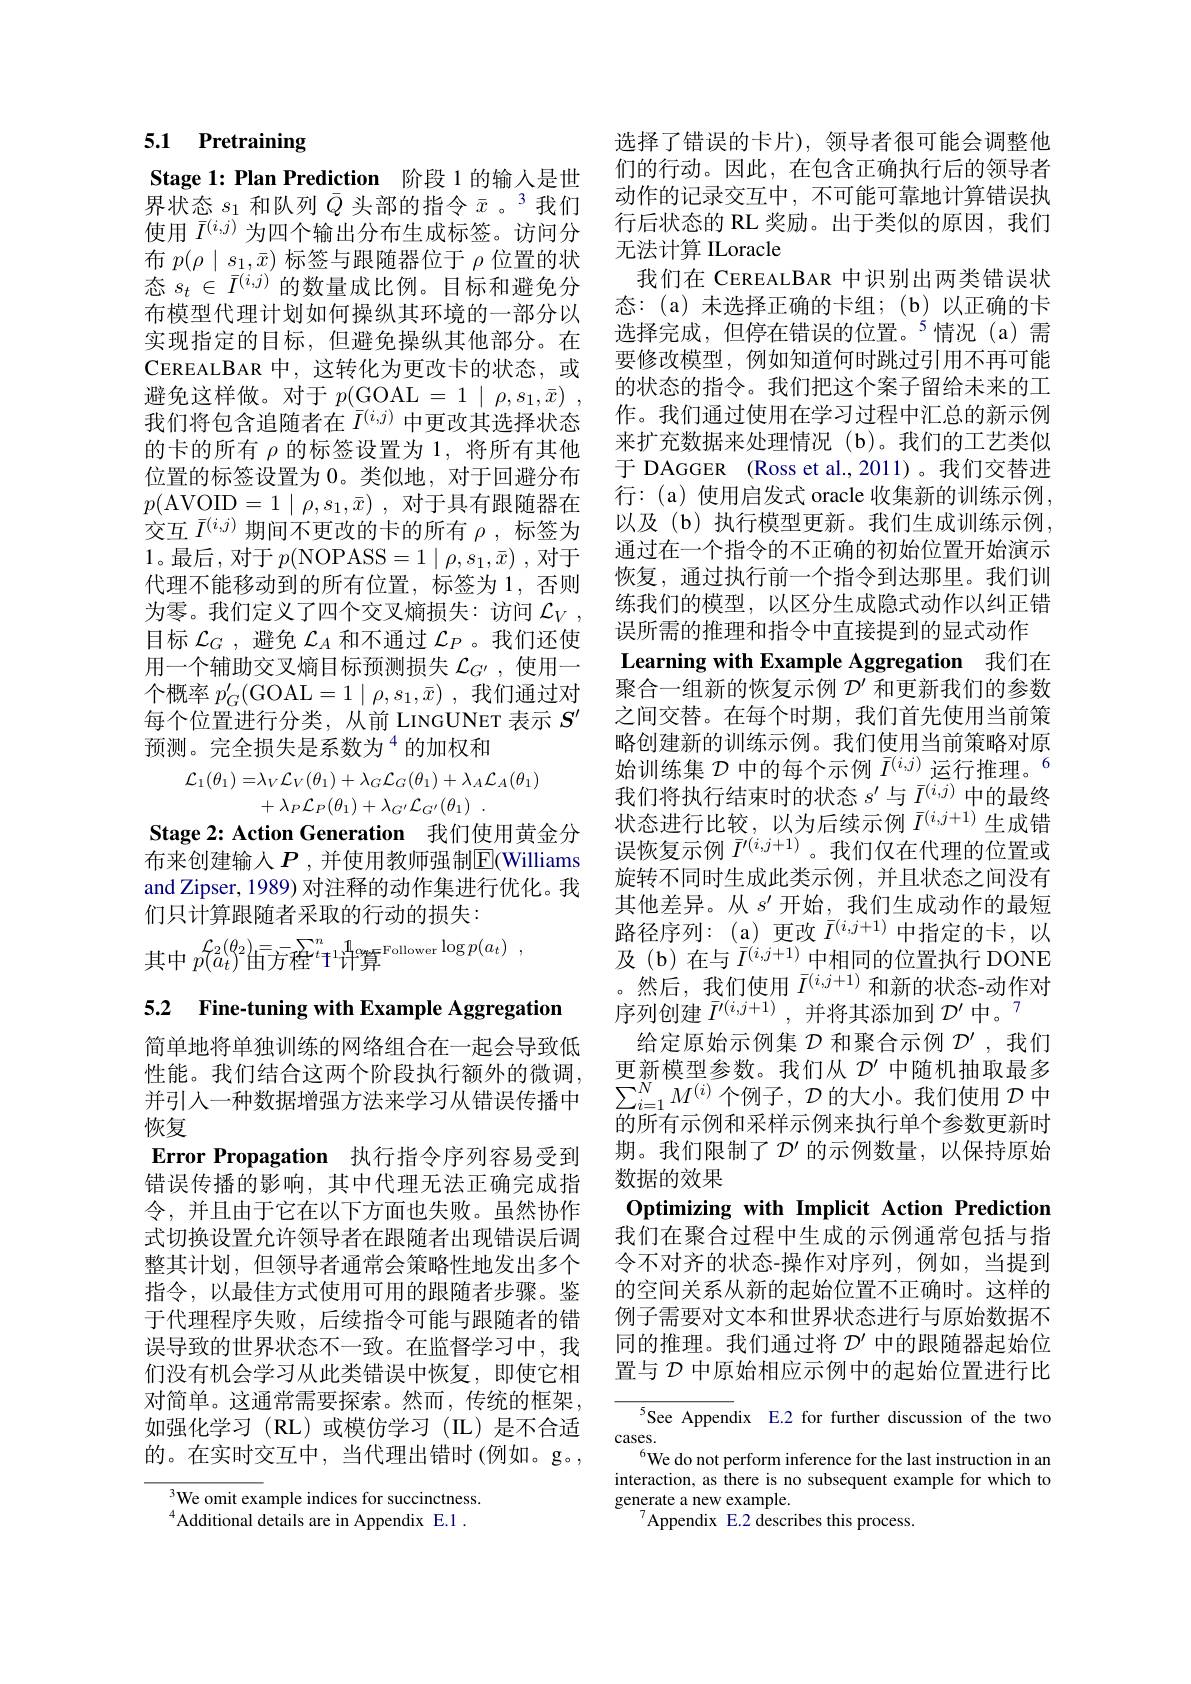
# 5.1 Pretraining

Stage 1: Plan Prediction 阶段 1 的输入是世界状态$s_1$和队列$\bar{Q}$头部的指令$\bar{x}$ 。我们使用$\bar{I}^{(i,j)}$为四个输出分布生成标签。访问分布$p(\rho\mid s_1,\bar{x})$标签与跟随器位于$\rho$位置的状态 $s_t\in\bar{I}^{(i,j)^{\prime}}$的数量成比例。目标和避免分布模型代理计划如何操纵其环境的一部分以实现指定的目标，但避免操纵其他部分。在CEREALBAR中，这转化为更改卡的状态，或避免这样做。对于$p($GOAL$= 1\mid \rho , s_{1}, \bar{x} )$ , 我们将包含追随者在$\bar{I}^{(i,j)}$中更改其选择状态的卡的所有$\rho$的标签设置为 1,将所有其他位置的标签设置为 0。类似地，对于回避分布$p($AVOID$= 1\mid \rho , s_{1}, \bar{x} )$ ,对于具有跟随器在交互$\bar{I}^{(i,j)}$期间不更改的卡的所有$\rho$,标签为1。最后，对于$p($NOPASS$=1\mid\rho,s_1,\bar{x})$,对于代理不能移动到的所有位置，标签为1，否则为零。我们定义了四个交叉熵损失：访问$\mathcal{L}_V$, 目标$\mathcal{L}_G$,避免$\mathcal{L}_A$和不通过$\mathcal{L}_P$ 。我们还使用一个辅助交叉熵目标预测损失$\mathcal{L}_G^{\prime}$,使用一个概率$p_G^{\prime}($GOAL$=1\mid\rho,s_1,\bar{x})$,我们通过对每个位置进行分类，从前 LINGUNET 表示$S^{\prime}$ 预测。完全损失是系数为$^{4}$的加权和
$$\begin{array}{c}\mathcal{L}_1(\theta_1)=&\lambda_V\mathcal{L}_V(\theta_1)+\lambda_G\mathcal{L}_G(\theta_1)+\lambda_A\mathcal{L}_A(\theta_1)\\&+\lambda_P\mathcal{L}_P(\theta_1)+\lambda_{G^{\prime}}\mathcal{L}_{G^{\prime}}(\theta_1)\:.\end{array}$$
Stage 2: Action Generation 我们使用黄金分布来创建输入$P$,并使用教师强制$\mathbb{E}($Williams and Zipser, 1989) 对注释的动作集进行优化。我们只计算跟随者采取的行动的损失：
$$\text{其中 }p(a_t)^{\mathcal{L}_2(\theta_2)}\text{由方程}^n\mathbb{1}_\text{计算}{^{\mathrm{Follower}}}\log p(a_t)\:,$$
5.2 Fine-tuning with Example Aggregation

简单地将单独训练的网络组合在一起会导致低性能。我们结合这两个阶段执行额外的微调， 并引入一种数据增强方法来学习从错误传播中恢复
Error Propagation 执行指令序列容易受到错误传播的影响，其中代理无法正确完成指令，并且由于它在以下方面也失败。虽然协作式切换设置允许领导者在跟随者出现错误后调整其计划，但领导者通常会策略性地发出多个指令，以最佳方式使用可用的跟随者步骤。鉴于代理程序失败，后续指令可能与跟随者的错误导致的世界状态不一致。在监督学习中，我们没有机会学习从此类错误中恢复，即使它相对简单。这通常需要探索。然而，传统的框架， 如强化学习(RL)或模仿学习(IL)是不合适的。在实时交互中，当代理出错时(例如。g。,

$^{3}$We omit example indices for succinctness. $^{4}$Additional details are in Appendix E.1.

选择了错误的卡片),领导者很可能会调整他们的行动。因此，在包含正确执行后的领导者动作的记录交互中，不可能可靠地计算错误执行后状态的 RL 奖励。出于类似的原因，我们无法计算 ILoracle
我们在 CEREALBAR 中识别出两类错误状态：(a)未选择正确的卡组；(b)以正确的卡选择完成，但停在错误的位置。$^{5}$情况(a)需要修改模型，例如知道何时跳过引用不再可能的状态的指令。我们把这个案子留给未来的工作。我们通过使用在学习过程中汇总的新示例来扩充数据来处理情况(b)。我们的工艺类似于 DAGGER (Ross et al.,2011)。我们交替进行：(a) 使用启发式 oracle 收集新的训练示例， 以及(b)执行模型更新。我们生成训练示例， 通过在一个指令的不正确的初始位置开始演示恢复，通过执行前一个指令到达那里。我们训练我们的模型，以区分生成隐式动作以纠正错误所需的推理和指令中直接提到的显式动作
Learning with Example Aggregation 我们在聚合一组新的恢复示例$\mathcal{D}^\prime$和更新我们的参数之间交替。在每个时期，我们首先使用当前策略创建新的训练示例。我们使用当前策略对原始训练集$\mathcal{D}$中的每个示例$\bar{I}^{(i,j)}$运行推理。$^{6}$ 我们将执行结束时的状态$s^{\prime}$与$\bar{I}^{(i,j)}$中的最终状态进行比较，以为后续示例$\bar{I}^{(i,j+1)}$生成错误恢复示例$\bar{I}^{\prime(i,j+1)}$。我们仅在代理的位置或旋转不同时生成此类示例，并且状态之间没有其他差异。从$s^{\prime}$开始，我们生成动作的最短路径序列：(a)更改$\bar{I}^{(i,j+1)}$中指定的卡，以及(b)在与$\bar{I}^(i,j+1)$中相同的位置执行 DONE 。然后，我们使用$\bar{I}^{(i,j+1)}$和新的状态-动作对序列创建$\bar{I}^{\prime(i,j+1)}$,并将其添加到$\mathcal{D}^\prime$中。$^7$
给定原始示例集$\mathcal{D}$和聚合示例$\mathcal{D}^\prime$,我们更新模型参数。我们从$\mathcal{D}^\prime$中随机抽取最多$\sum_{i=1}^NM^{(i)}$个例子，$\mathcal{D}$的大小。我们使用$\mathcal{D}$中的所有示例和采样示例来执行单个参数更新时期。我们限制了$\mathcal{D}^{\prime}$ 的示例数量，以保持原始数据的效果
Optimizing with Implicit Action Prediction 我们在聚合过程中生成的示例通常包括与指令不对齐的状态-操作对序列，例如，当提到的空间关系从新的起始位置不正确时。这样的例子需要对文本和世界状态进行与原始数据不同的推理。我们通过将$\mathcal{D}^\prime$中的跟随器起始位置与$\mathcal{D}$中原始相应示例中的起始位置进行比

See Appendix E.2 for further discussion of the two
cases.
$^{6}$We do not perform inference for the last instruction in an interaction, as there is no subsequent example for which to generate a new example.
$^{7}$Appendix E.2 describes this process.